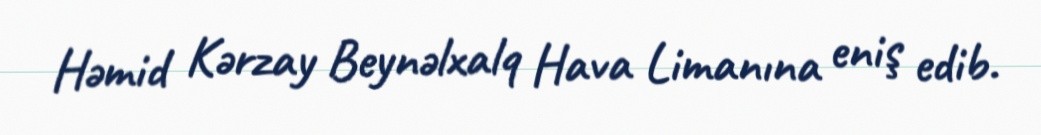
Həmid Kərzay Beynəlxalq Hava Limanına eniş edib.